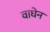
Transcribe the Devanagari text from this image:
वाघेन